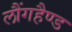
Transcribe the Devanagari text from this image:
लौंगहैण्ड